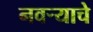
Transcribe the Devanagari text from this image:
नवऱ्याचे